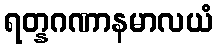
ရတ္နဂဏာနမာလယံ